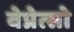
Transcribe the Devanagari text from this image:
वेप्रेत्सो